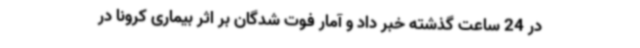
در 24 ساعت گذشته خبر داد و آمار فوت شدگان بر اثر بیماری کرونا در